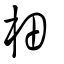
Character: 𣐬